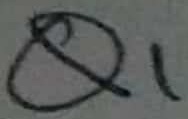
Text: Q1